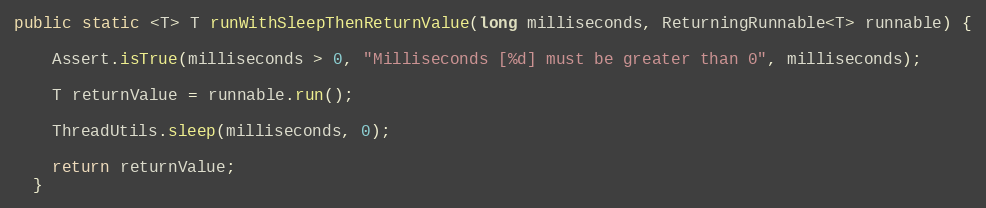
Language: Java
public static <T> T runWithSleepThenReturnValue(long milliseconds, ReturningRunnable<T> runnable) {

    Assert.isTrue(milliseconds > 0, "Milliseconds [%d] must be greater than 0", milliseconds);

    T returnValue = runnable.run();

    ThreadUtils.sleep(milliseconds, 0);

    return returnValue;
  }